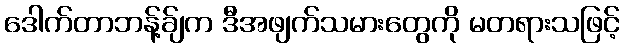
ဒေါက်တာဘန့်ခ်ျက ဒီအဖျက်သမားတွေကို မတရားသဖြင့်